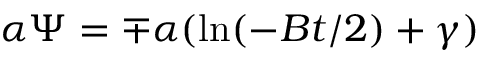
\alpha \Psi = \mp \alpha ( \ln ( - B t / 2 ) + \gamma )